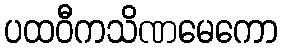
ပထဝီကသိဏမေကော